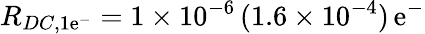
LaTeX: R_{DC,1\mathrm{e}^{-}}=1\times10^{-6}\, (1.6\times10^{-4})\, \mathrm{e}^{-}